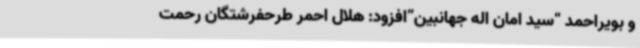
و بویراحمد “سید امان اله جهانبین”افزود: هلال احمر طرحفرشتگان رحمت